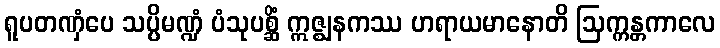
ရူပတဏှံပေ သပ္ပိမဏ္ဍံ ပံသုပစ္ဆိံ ဣဇ္ဈနကဿ ဟရာယမာနောတိ ဩက္ကန္တကာလေ